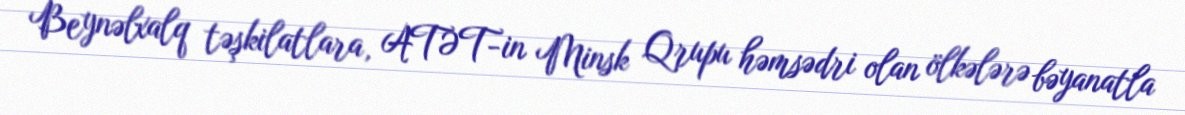
Beynəlxalq təşkilatlara, ATƏT-in Minsk Qrupu həmsədri olan ölkələrə bəyanatla